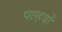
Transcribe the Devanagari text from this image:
पल्हवों